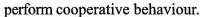
perform cooperative behaviour.